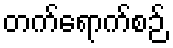
တက်ရောက်စဉ်